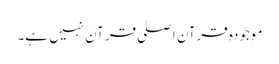
موجودہ قرآن اصلی قرآن نہیں ہے۔